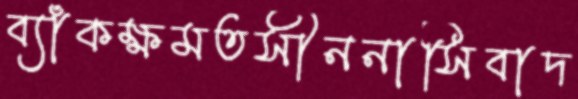
ব্যাঁকক্ষমতসীননাসিবাদ